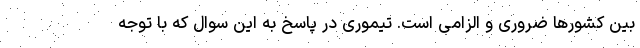
بین کشورها ضروری و الزامی است. تیموری در پاسخ به این سوال که با توجه